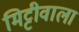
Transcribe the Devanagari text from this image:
मिट्टीवाला